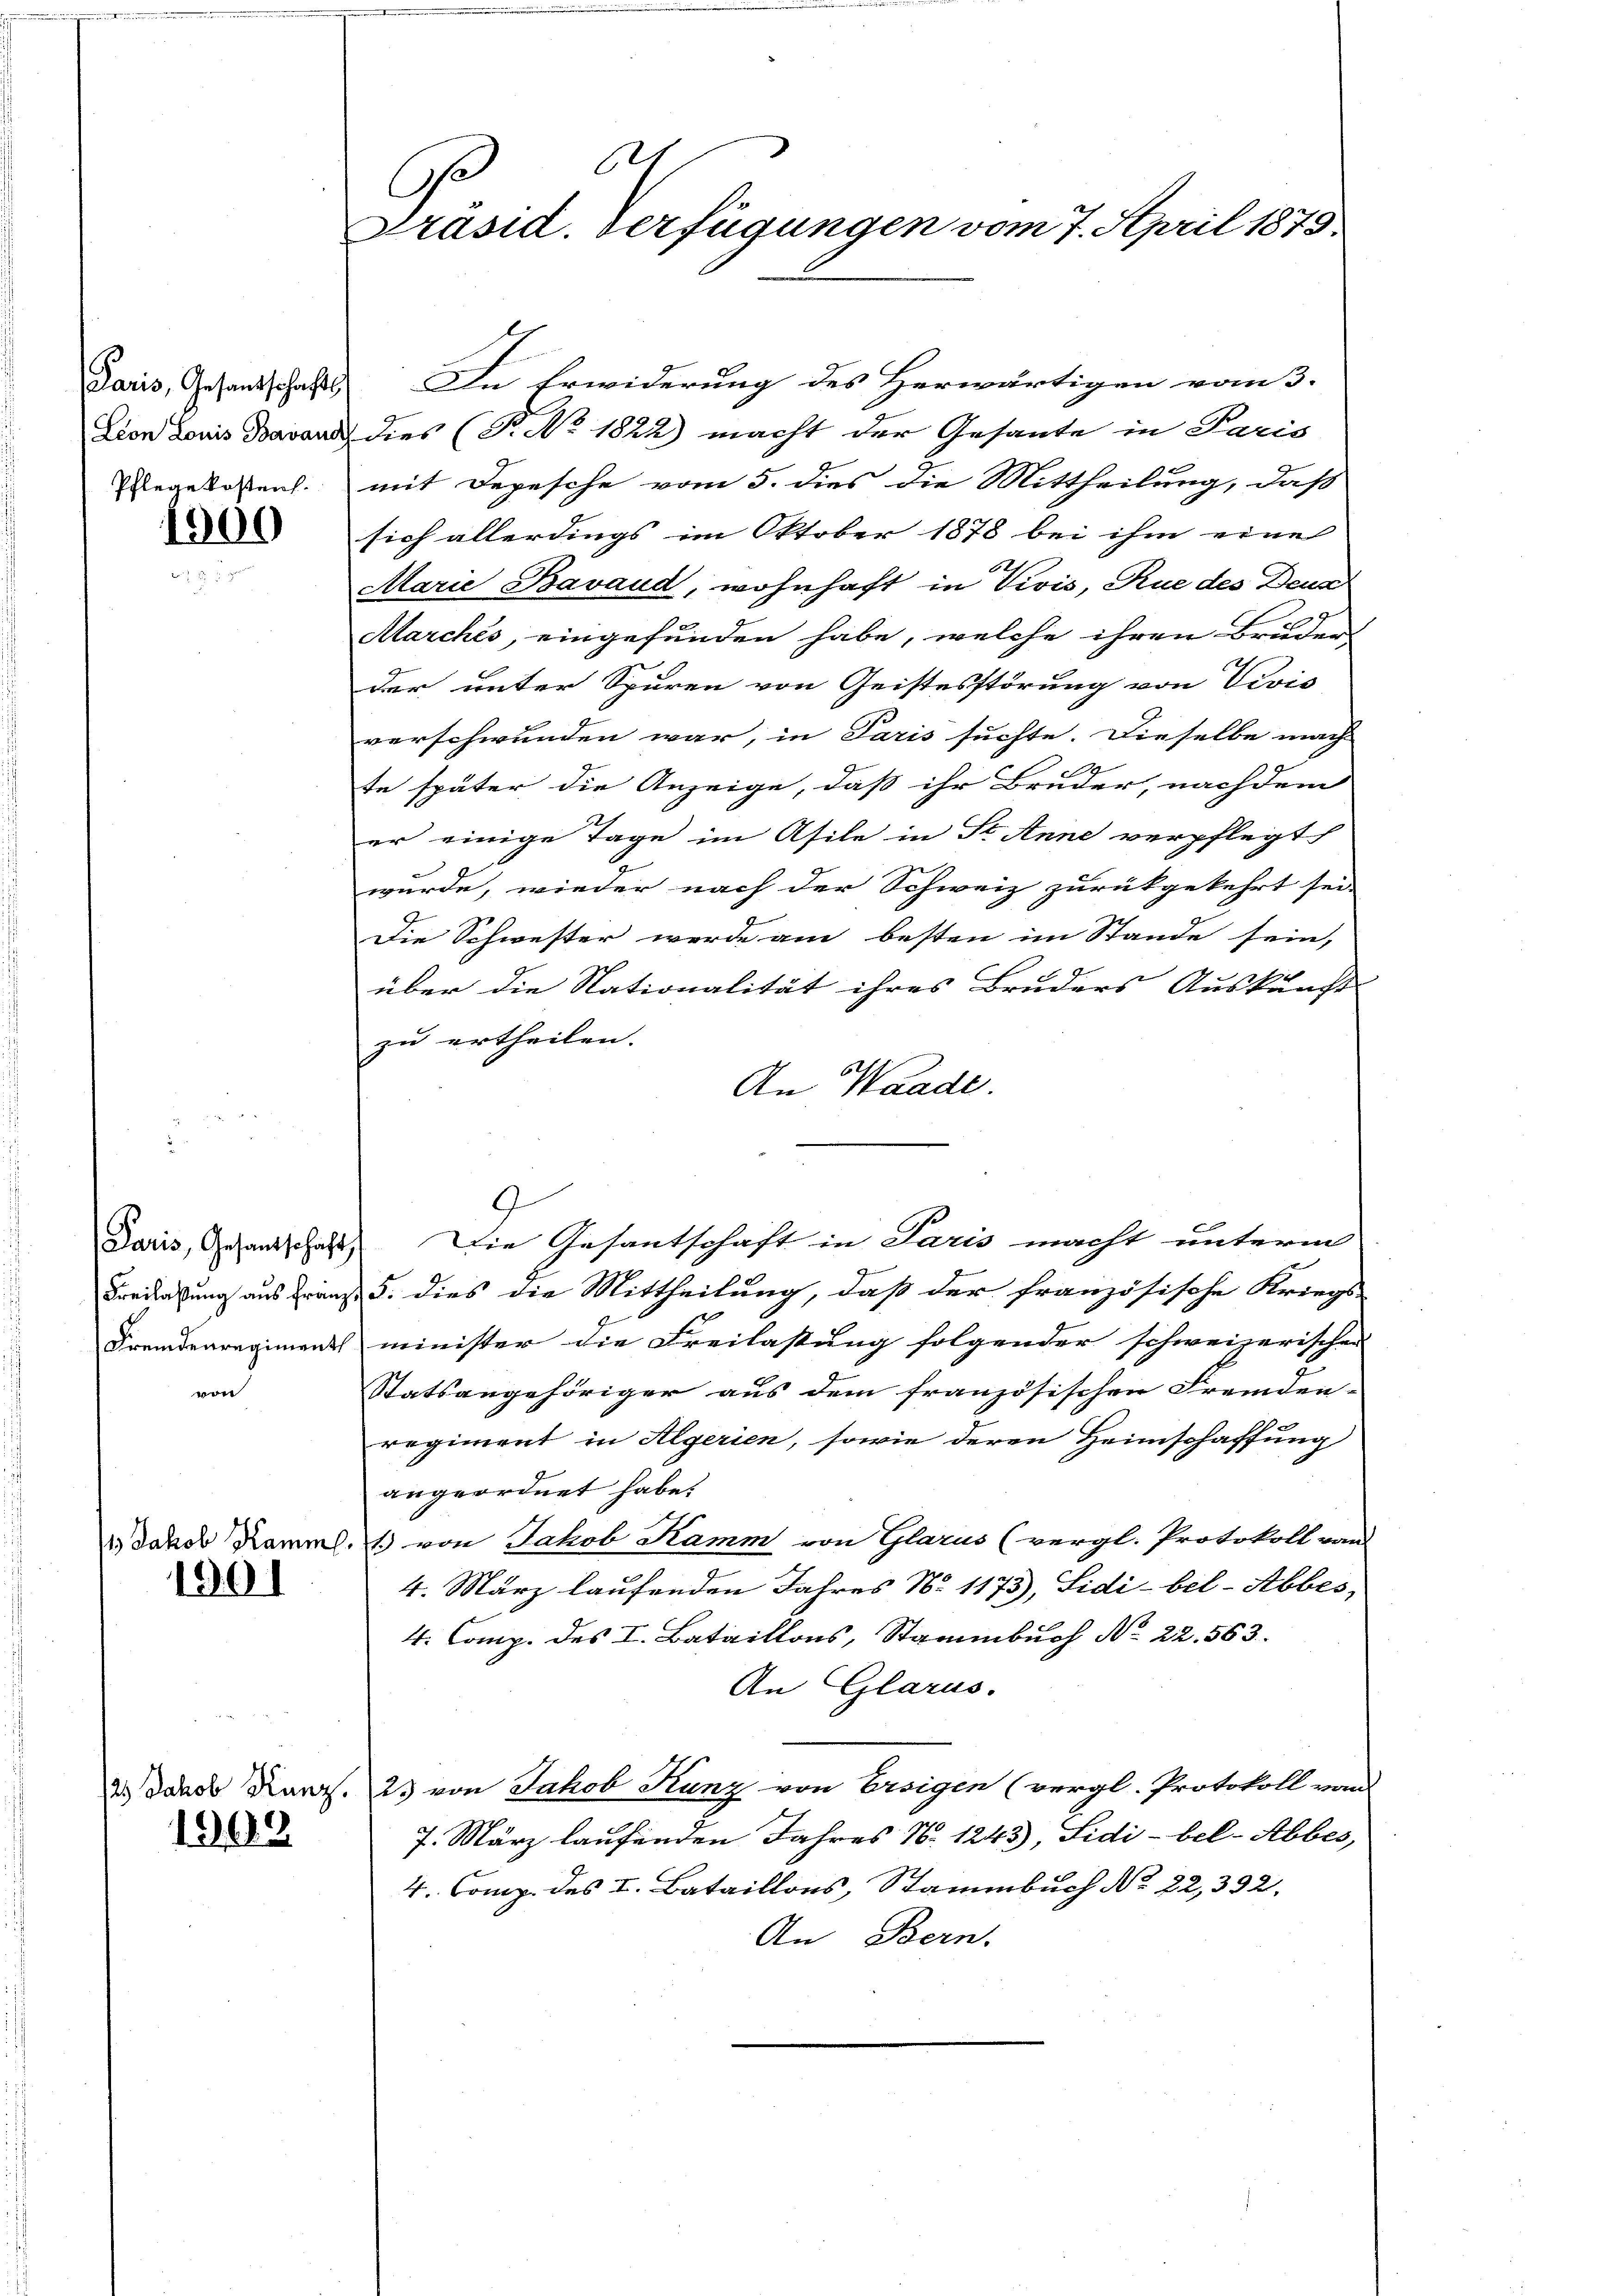
Paris, Gesandschafts

1900

von

1901

1902

81
e
Präsid. Verfügungen vom 7. April 1875

In Erwiderung des Herwärtigen vom 3.
Lion Louis Bavant dies (T. No. 1822) macht der Gesante in Paris
Pegekosten mit Depesche vom 5. dies die Mittheilung, daß
sich allerdings im Oktober 1878 bei ihm eine
x
Marie Bavaud, wohnhaft in Vivis, Rue des Deua
2
Aarchés, eingefunden habe, welche ihren Bruder-
der unter Spuren von Geistesstörung von Vivis
verschwunden war, in Paris suchte. Dieselbe mach
te später die Anzeige, daß ihr Bruder, nachdem
er einige Tage im Asile in St. Anne verpflegt
wurde, wieder nach der Schweiz zurükgekehrt sei.
Die Schwester werde am besten im Stande sein,
über die Nationalität ihres Bruders Auskunft
zu ertheilen.
An Waadt.
Paris, Gesandschaft) Die Gesantschaft in Paris macht unterm
Forderung aus Franz S. dies die Mittheilung, daß der französische Kriegs-
Fremdenregiments minister die Freilastung folgender schweizerischen
Statsangehöriger aus dem französischen Fremden- |
regiment in Algerien, sowie deren Heimschaffung
angeordnet habe,
1) dard Kamml. 1 von Jakob Kamm von Glarus (vergl. Protokoll von
4. März laufenden Jahres No 1173), Sidi-bel-Abbes,
4. Comp. des I. Bataillons, Stammbuch No 22. 563.
An Glarus.
2 das Karz. 23 von Jakob Kunz von Ersigen (vergl. Protokoll von
7. März laufenden Jahres N. 1245), Sidi-bel-Abbes,
4. Comp. des I. Bataillons, Stammbuch No. 22,392.
An Bern.